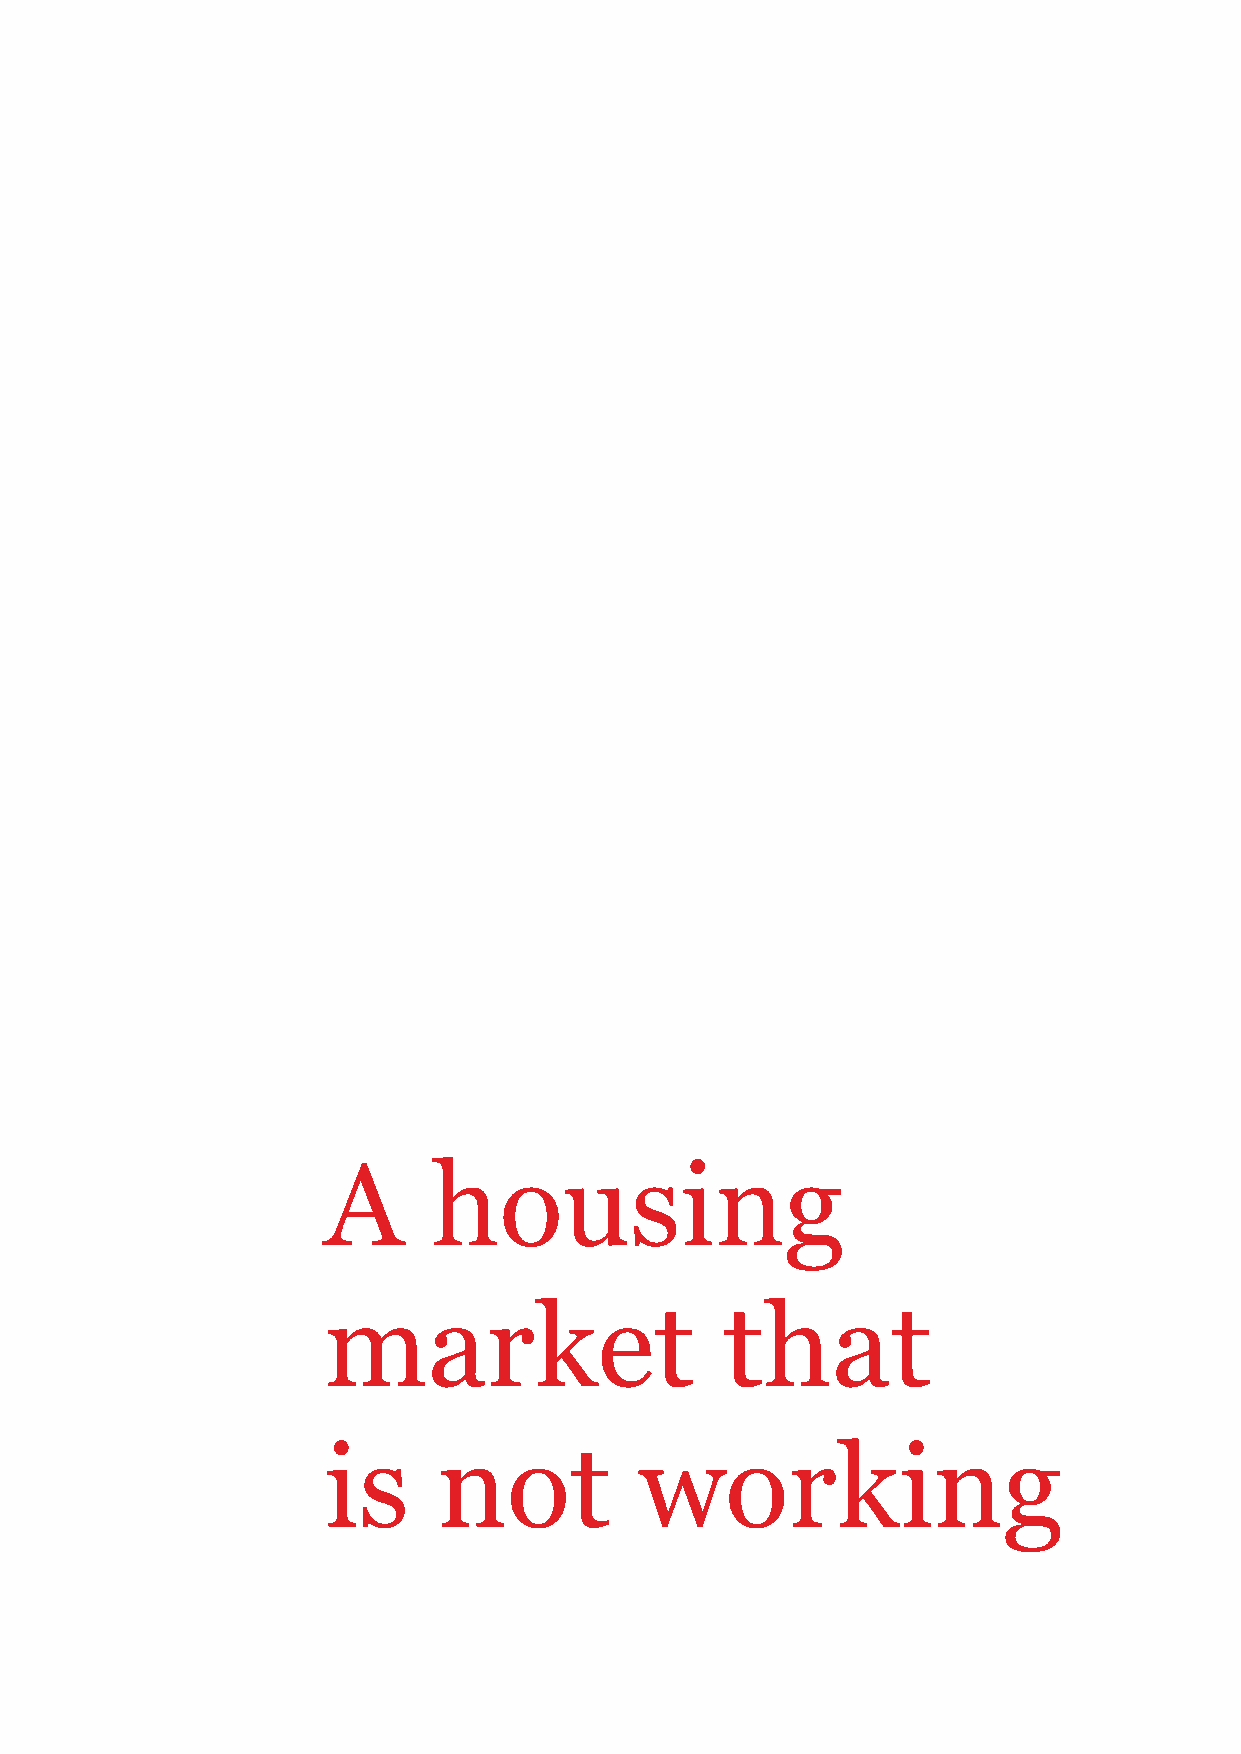
A       housing
 market                     that
 is      not          working